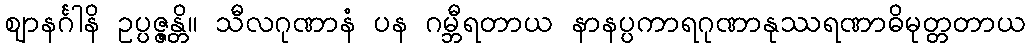
ဈာနင်္ဂါနိ ဥပ္ပဇ္ဇန္တိ။ သီလဂုဏာနံ ပန ဂမ္ဘီရတာယ နာနပ္ပကာရဂုဏာနုဿရဏာဓိမုတ္တတာယ